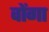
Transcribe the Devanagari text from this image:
वोंगा